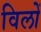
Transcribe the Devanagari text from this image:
विलों